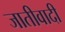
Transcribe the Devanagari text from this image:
जातीवादी